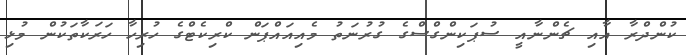
ކުންދްރާ އާއި ޗެންނާއީ ސުޕަކިންގްސްގެ ގުރުނަތު މެއިއައްޕަން ކްރިކެޓްގެ ހުރިހާ ހަރަކާތަކުން މުޅި